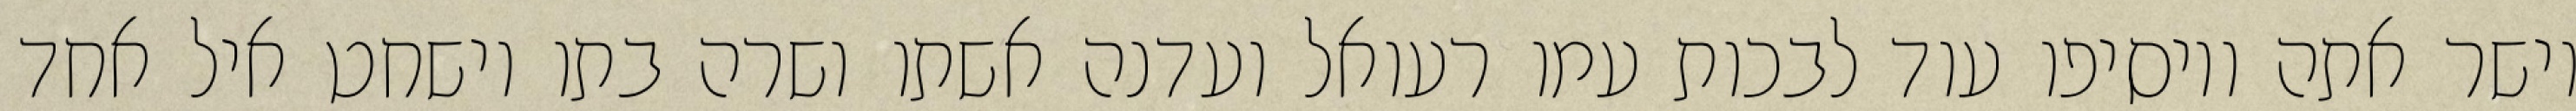
וישר אתה ויוסיפו עוד לבכות עמו רעואל ועדנה אשתו ושרה בתו וישחט איל אחד